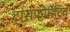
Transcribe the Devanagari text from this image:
ट्रांसफोर्मेटिव